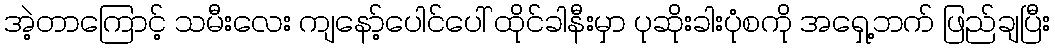
အဲ့တာကြောင့် သမီးလေး ကျနော့်ပေါင်ပေါ် ထိုင်ခါနီးမှာ ပုဆိုးခါးပုံစကို အရှေ့ဘက် ဖြည်ချပြီး